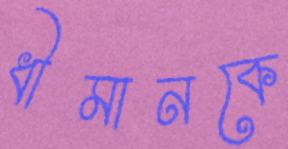
ধীমানকে